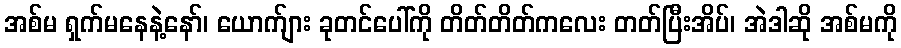
အစ်မ ရှက်မနေနဲ့နော်၊ ယောက်ျား ခုတင်ပေါ်ကို တိတ်တိတ်ကလေး တတ်ပြီးအိပ်၊ အဲဒါဆို အစ်မကို